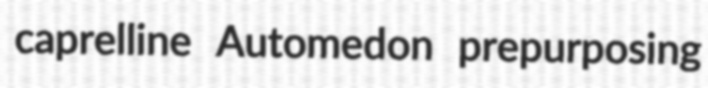
caprelline Automedon prepurposing